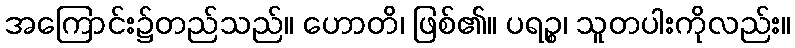
အကြောင်း၌တည်သည်။ ဟောတိ၊ ဖြစ်၏။ ပရဉ္စ၊ သူတပါးကိုလည်း။